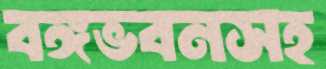
বঙ্গভবনসহ